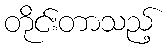
တိုင်းတာသည့်